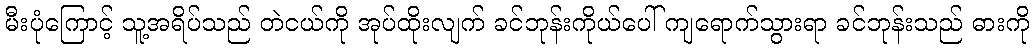
မီးပုံကြောင့် သူ့အရိပ်သည် တဲငယ်ကို အုပ်ထိုးလျက် ခင်ဘုန်းကိုယ်ပေါ် ကျရောက်သွားရာ ခင်ဘုန်းသည် ဓားကို